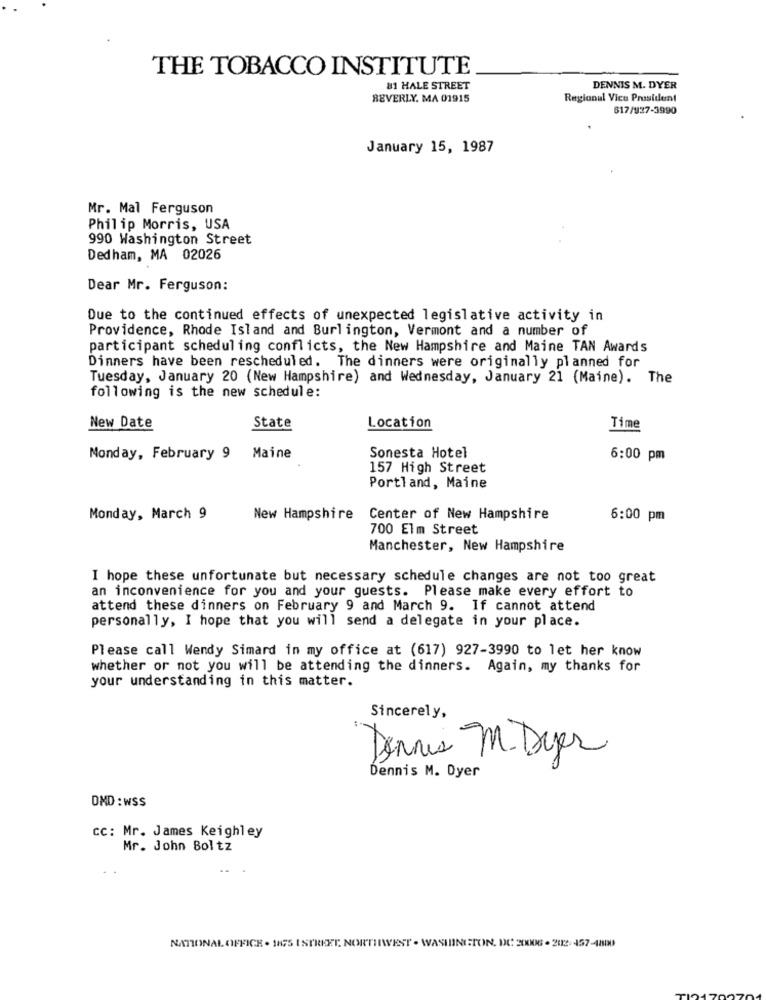
THE TOBACCO INSTITUTE
81 HALE STREET
DENNIS M. DYER
BEVERLY. MA 01915
Regional Vice President
817/127-3990
January 15, 1987
Mr. Mal Ferguson
Philip Morris, USA
990 Washington Street
Dedham, MA 02026
Dear Mr. Ferguson:
Due to the continued effects of unexpected legislative activity in
Providence, Rhode Island and Burlington, Vermont and a number of
participant scheduling conflicts, the New Hampshire and Maine TAN Awards
Dinners have been rescheduled. The dinners were originally planned for
Tuesday, January 20 (New Hampshire) and Wednesday, January 21 (Maine). The
following is the new schedule:
New Date
State
Location
Time
Monday, February 9 Maine
Sonesta Hotel
6:00 pm
157 High Street
Portland, Maine
Monday, March 9
New Hampshire
Center of New Hampshire
6:00 pm
700 Elm Street
Manchester, New Hampshire
I hope these unfortunate but necessary schedule changes are not too great
an inconvenience for you and your guests. Please make every effort to
attend these dinners on February 9 and March 9. If cannot attend
personally, I hope that you will send a delegate in your place.
Please call Wendy Simard in my office at (617) 927-3990 to let her know
whether or not you will be attending the dinners. Again, my thanks for
your understanding in this matter.
Sincerely,
Dennis M. Dyer
Dennis M. Dyer
OMD : wSS
CC: Mr. James Keighley
Mr. John Boltz
NATIONAL OFFICE . 175 ISTREET NORTHWEST . WASHINGTON, DC 20006 - 202- 457-4800